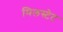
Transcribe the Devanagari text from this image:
मिलस्टेट